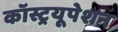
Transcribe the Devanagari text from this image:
कॉस्ट्रयूपेशन